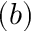
( b )